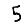
Digit: 5